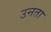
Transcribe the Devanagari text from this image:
उनता